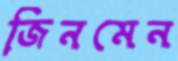
জিনমেন